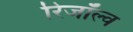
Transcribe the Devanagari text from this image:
रिजॉल्व